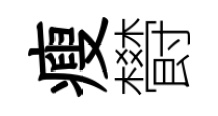
瘦欎